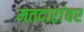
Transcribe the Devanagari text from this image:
मतदारांवर